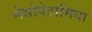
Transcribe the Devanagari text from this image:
मेसोपेटामिया